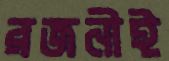
রজনীই